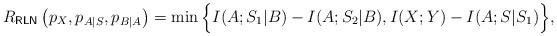
LaTeX: \begin{align*} R_\mathsf{RLN}\left(p_X,p_{A|S},p_{B|A}\right)=\min\Big\{I(A;S_1|B)-I(A;S_2|B),I(X;Y)-I(A;S|S_1)\Big\},\end{align*}